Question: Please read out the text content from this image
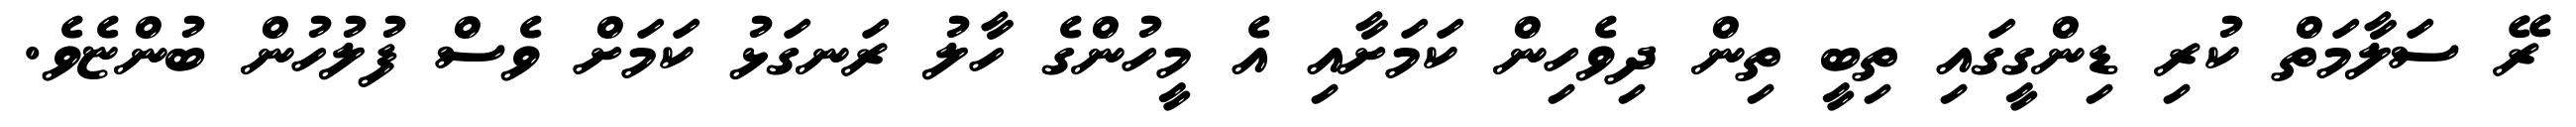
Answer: ރޭ ސަލާމަތް ކުރި ޑިންގީގައި ތިބީ ތިން ދިވެހިން ކަމަށާއި އެ މީހުންގެ ހާލު ރަނގަޅު ކަމަށް ވެސް ފުލުހުން ބުންޏެވެ.